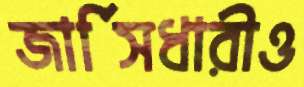
জার্সিধারীও